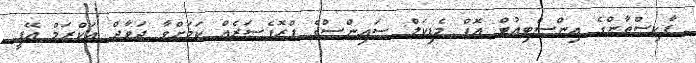
ޕާކިސްތާންގެ އިންސްޓިއުޓް އޮފް މެޑިކަލް ސައިންސްގެ ޕްރޮފެސަރެއް ކަމަށްވާ ޖަވާދް އަކްރަމް އޭޕީ